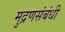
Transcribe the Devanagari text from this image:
मुद्रणसंबंधी